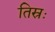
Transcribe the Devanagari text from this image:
तिस्रः